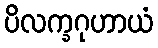
ပိလက္ခဂုဟာယံ